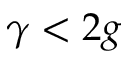
\gamma < 2 g